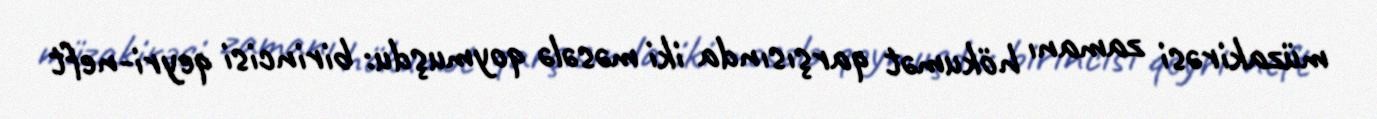
müzakirəsi zamanı hökumət qarşısında iki məsələ qoymuşdu: birincisi qeyri-neft